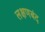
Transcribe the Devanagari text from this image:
लक्षणबंद